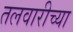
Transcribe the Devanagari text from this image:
तलवारीच्‍या